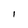
Character: 1